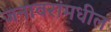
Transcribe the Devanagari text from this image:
जनावरांमधील